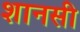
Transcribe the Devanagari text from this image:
शानसी